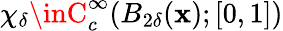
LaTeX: \chi_{\delta}\inC_{c}^{\infty}(B_{2\delta}(\mathbf{x});[0,1])